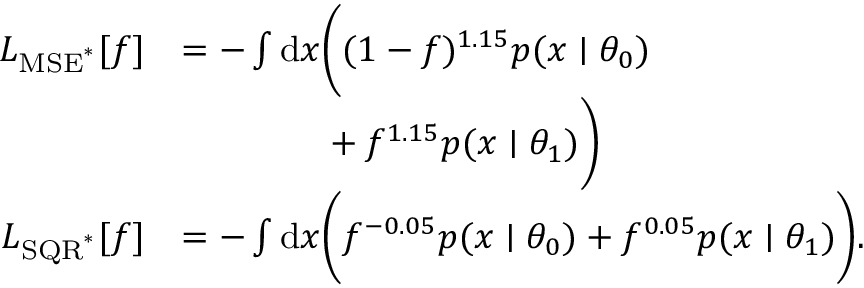
\begin{array} { r l } { L _ { \mathrm { M S E } ^ { * } } [ f ] } & { = - \int \mathrm { d } x \bigg ( ( 1 - f ) ^ { 1 . 1 5 } p ( x \mid \theta _ { 0 } ) } \\ & { \phantom { = - \int \d { x } \bigg ( } + f ^ { 1 . 1 5 } p ( x \mid \theta _ { 1 } ) \bigg ) } \\ { L _ { \mathrm { S Q R } ^ { * } } [ f ] } & { = - \int \mathrm { d } x \bigg ( f ^ { - 0 . 0 5 } p ( x \mid \theta _ { 0 } ) + f ^ { 0 . 0 5 } p ( x \mid \theta _ { 1 } ) \bigg ) . } \end{array}